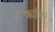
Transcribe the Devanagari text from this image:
क्यक्ति